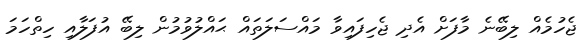
ޖެހުމެއް ލިބޭނެ މާފަށް އެދި ޖެހިފައިވާ މައްސަލަތައް ޙައްލުވުމުން ލިބޭ އުފަލާއި ހިތްހަމަ